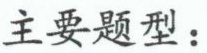
主要题型：